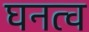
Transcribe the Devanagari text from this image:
घनत्‍व